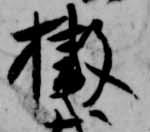
撤